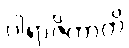
ပါရာဇိကာတိ